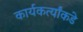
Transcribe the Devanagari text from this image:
कार्यकर्त्यांकडे